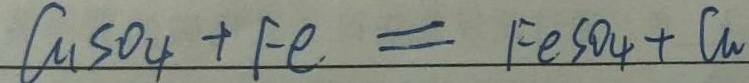
C u S O _ { 4 } + F e = F e S O _ { 4 } + C u